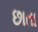
છાતા